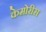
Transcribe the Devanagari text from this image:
केमोरीस